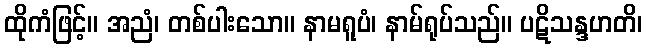
ထိုကံဖြင့်။ အညံ၊ တစ်ပါးသော။ နာမရူပံ၊ နာမ်ရုပ်သည်။ ပဋိသန္ဒဟတိ၊